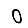
Digit: 0